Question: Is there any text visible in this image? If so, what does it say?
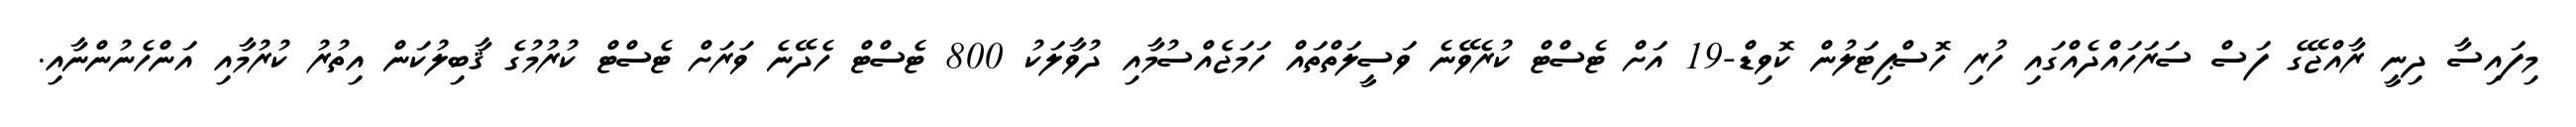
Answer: މިފައިސާ ދިނީ ރާއްޖޭގެ ފަސް ސަރަހައްދެއްގައި ހުރި ހޮސްޕިޓަލުން ކޮވިޑް-19 އަށް ޓެސްޓް ކުރެވޭނެ ވަސީލަތްތައް ހަމަޖެއްސުމާއި ދުވާލަކު 800 ޓެސްޓް ހެދޭނެ ވަރަށް ޓެސްޓް ކުރުމުގެ ޤާބިލުކަން އިތުރު ކުރުމާއި އަންހެނުންނާއި.